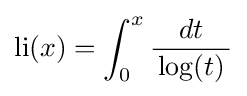
\operatorname {li} (x)=\int _{0}^{x}{\frac {dt}{\,\log(t)\,}}